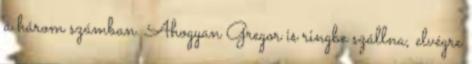
a három számban. Ahogyan Gregor is ringbe szállna, elvégre